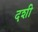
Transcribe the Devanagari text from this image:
दशी